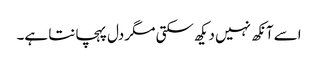
اسے آنکھ نہیں دیکھ سکتی مگر دل پہچانتا ہے۔